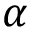
\alpha